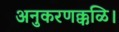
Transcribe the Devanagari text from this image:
अनुकरणक्कळि।